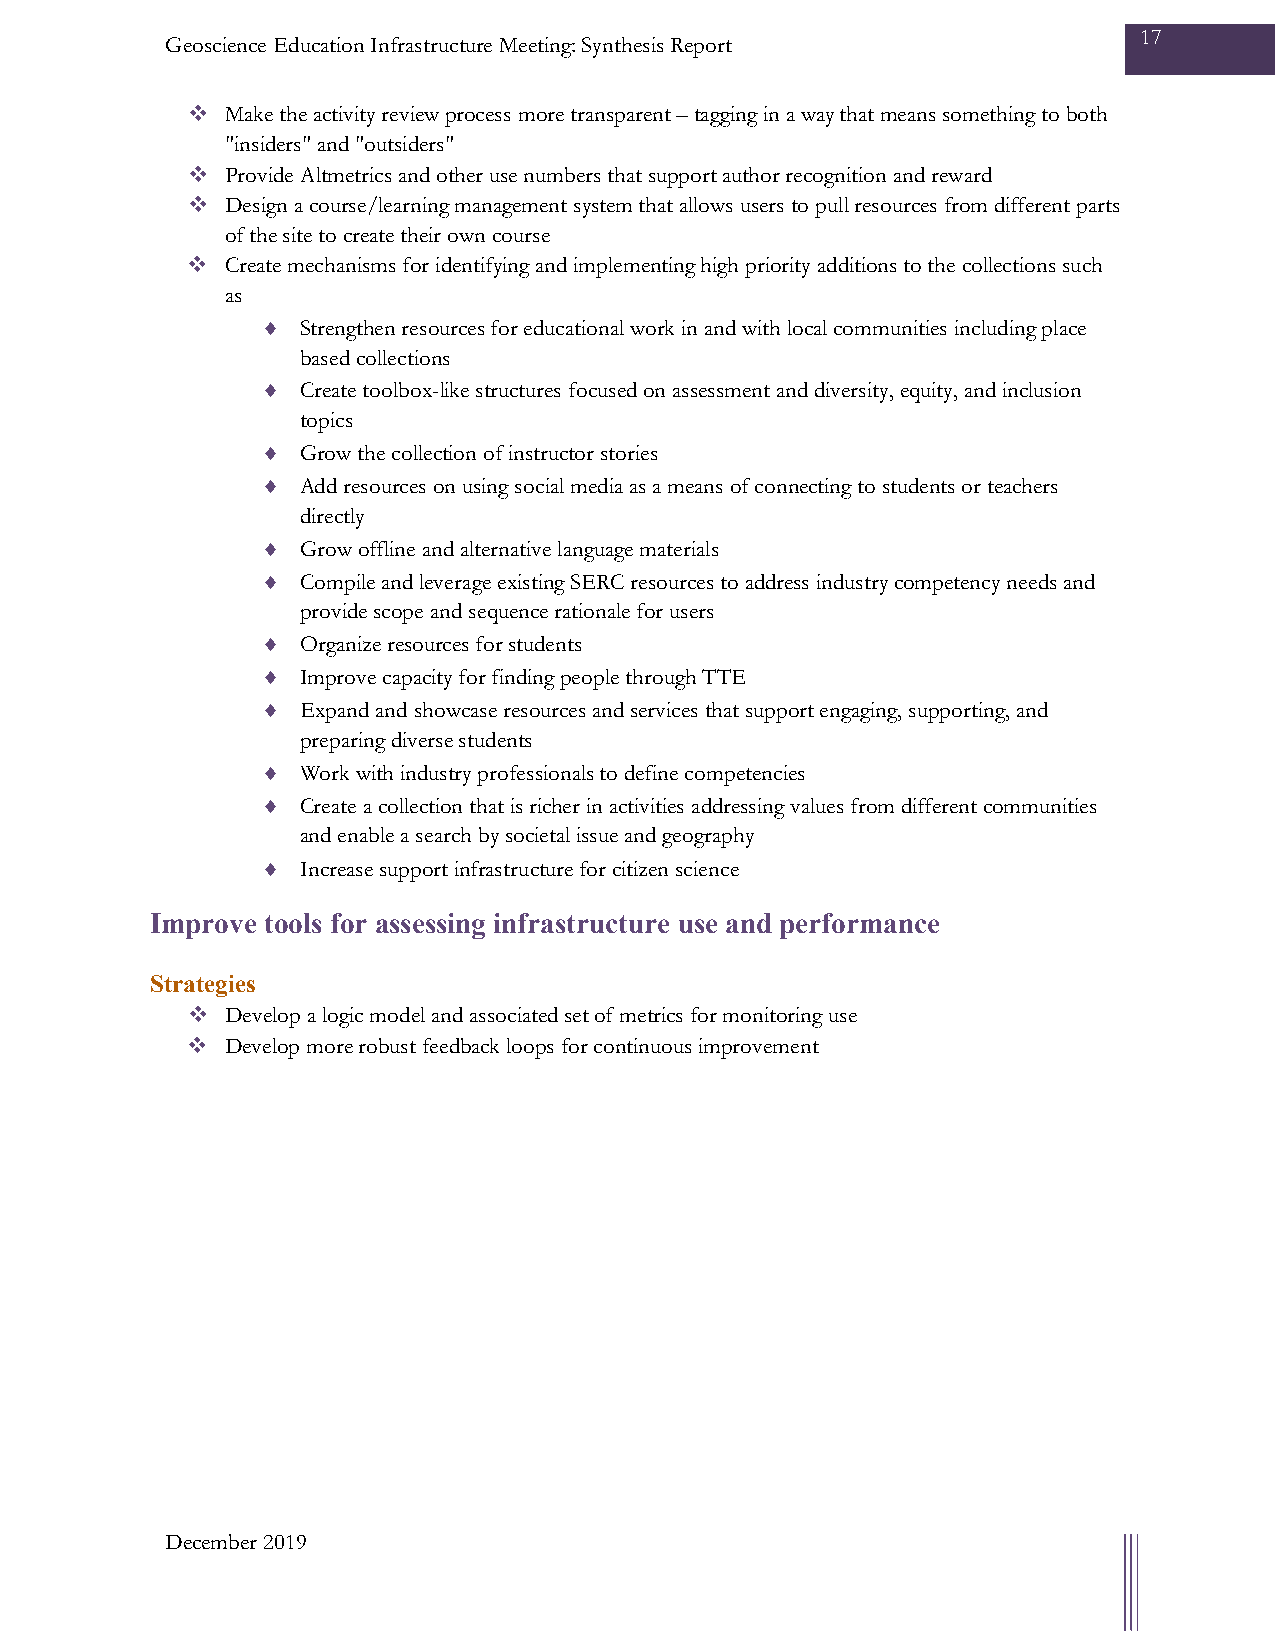
17
 Geoscience Education Infrastructure Meeting: Synthesis Report
   Make the activity review process more transparent – tagging in a way that means something to both
 "insiders" and "outsiders"
   Provide Altmetrics and other use numbers that support author recognition and reward
   Design a course/learning management system that allows users to pull resources from different parts
 of the site to create their own course
   Create mechanisms for identifying and implementing high priority additions to the collections such
 as
 ♦  Strengthen resources for educational work in and with local communities including place
 based collections
 ♦  Create toolbox-like structures focused on assessment and diversity, equity, and inclusion
 topics
 ♦  Grow the collection of instructor stories
 ♦  Add resources on using social media as a means of connecting to students or teachers
 directly
 ♦  Grow offline and alternative language materials
 ♦  Compile and leverage existing SERC resources to address industry competency needs and
 provide scope and sequence rationale for users
 ♦  Organize resources for students
 ♦  Improve capacity for finding people through TTE
 ♦  Expand and showcase resources and services that support engaging, supporting, and
 preparing diverse students
 ♦  Work with industry professionals to define competencies
 ♦  Create a collection that is richer in activities addressing values from different communities
 and enable a search by societal issue and geography
 ♦  Increase support infrastructure for citizen science
 Improve tools for assessing infrastructure use and performance
 Strategies
   Develop a logic model and associated set of metrics for monitoring use
   Develop more robust feedback loops for continuous improvement
 December 2019